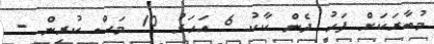
މުބާރަކަށް ފަހު ދެން ކާކު 6 އަހަރު 10 މަސް ކުރިން -